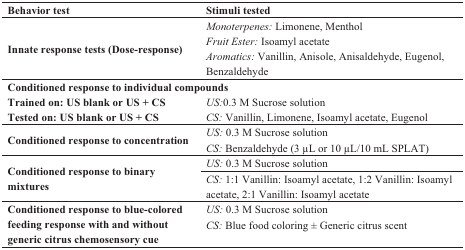
<table><thead><tr><td><b>Behavior test</b></td><td><b>Stimuli tested</b></td></tr></thead><tbody><tr><td rowspan="3"><b>Innate response tests (Dose-response)</b></td><td><i>Monoterpenes:</i> Limonene, Menthol</td></tr><tr><td><i>Fruit Ester:</i> Isoamyl acetate</td></tr><tr><td><i>Aromatics:</i> Vanillin, Anisole, Anisaldehyde, Eugenol, Benzaldehyde</td></tr><tr><td colspan="2"><b>Conditioned response to individual compounds</b></td></tr><tr><td><b>Trained on: US blank or US + CS</b></td><td><i>US:</i>0.3 M Sucrose solution</td></tr><tr><td><b>Tested on: US blank or US + CS </b></td><td><i>CS:</i> Vanillin, Limonene, Isoamyl acetate, Eugenol</td></tr><tr><td rowspan="2"><b>Conditioned response to concentration</b></td><td><i>US:</i> 0.3 M Sucrose solution</td></tr><tr><td><i>CS:</i> Benzaldehyde (3 μL or 10 μL/10 mL SPLAT)</td></tr><tr><td rowspan="2"><b>Conditioned response to binary mixtures</b></td><td><i>US:</i> 0.3 M Sucrose solution</td></tr><tr><td><i>CS:</i> 1:1 Vanillin: Isoamyl acetate, 1:2 Vanillin: Isoamyl acetate, 2:1 Vanillin: Isoamyl acetate</td></tr><tr><td rowspan="2"><b>Conditioned response to blue-colored feeding response with and without generic citrus chemosensory cue</b></td><td><i>US:</i> 0.3 M Sucrose solution</td></tr><tr><td><i>CS:</i> Blue food coloring ± Generic citrus scent</td></tr></tbody></table>